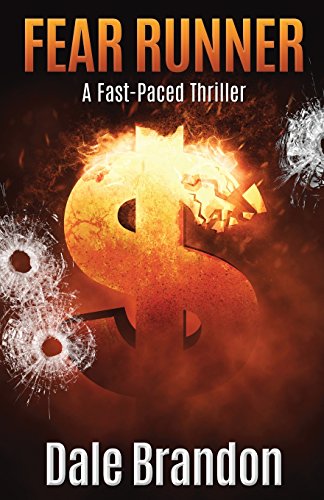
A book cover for Fear Runner; Dale Brandon; Mystery, Thriller & Suspense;